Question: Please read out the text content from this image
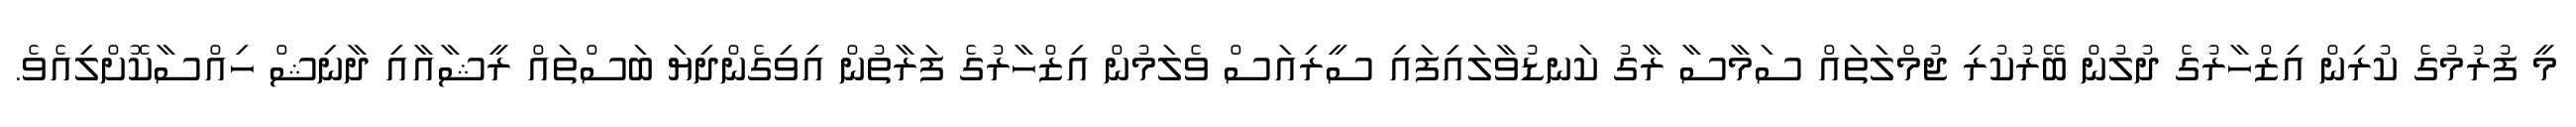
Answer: މީ ފުރުމުގެ ކުރިން އިޒްހާރުގެ ދުލުން ބޭރުކުރި ޖުމްލަތައް ސަމާސާ ރާގު ކަނޑުވާލައިފައި ސީރިއަސް ވެލަމުން އިޒްހާރުގެ ފަރާތުން އިވިގެންދިޔަ ބަސްތައް ރީޝާއާއި ދާނިޝް ހިއްސާކޮށްލިއެވެ.